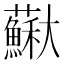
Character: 𡚡